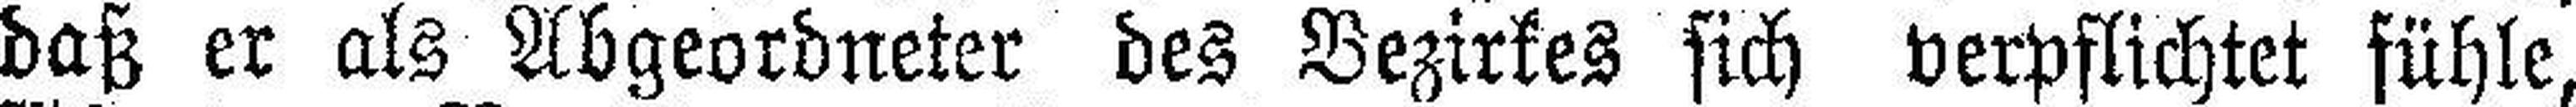
daß er als Abgeordneter des Bezirkes sich verpflichtet fühle,